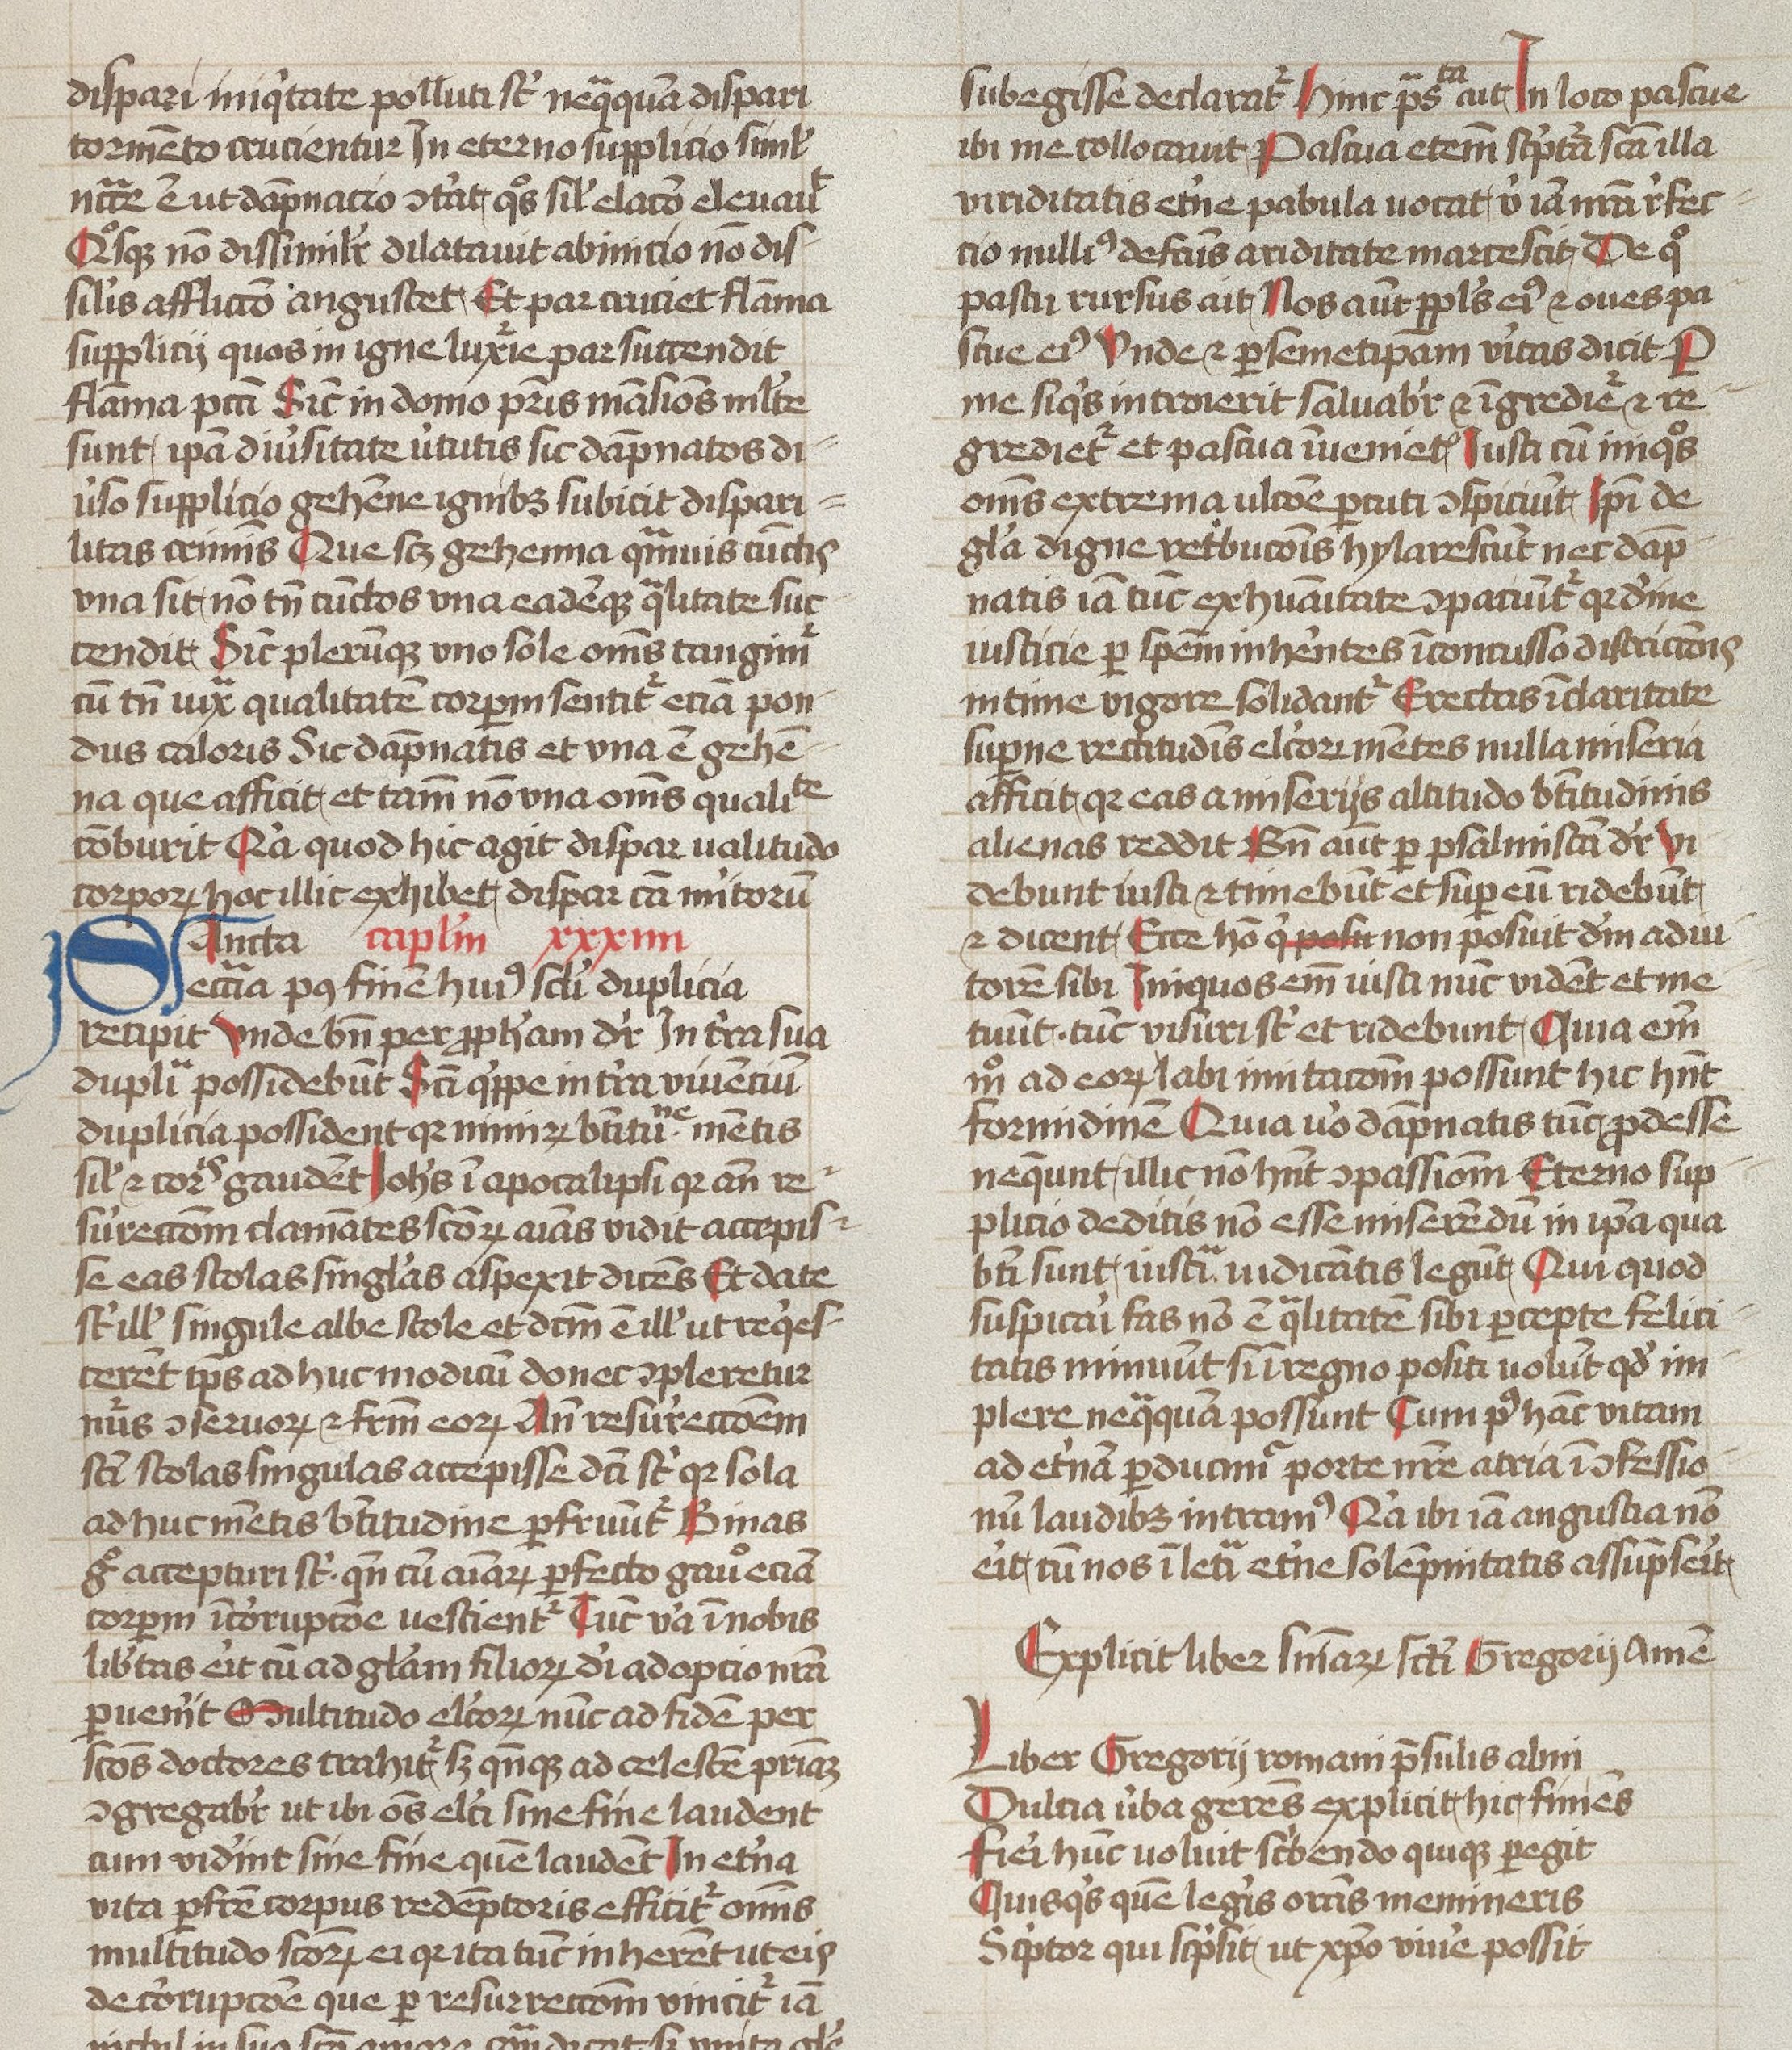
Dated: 1400–1499